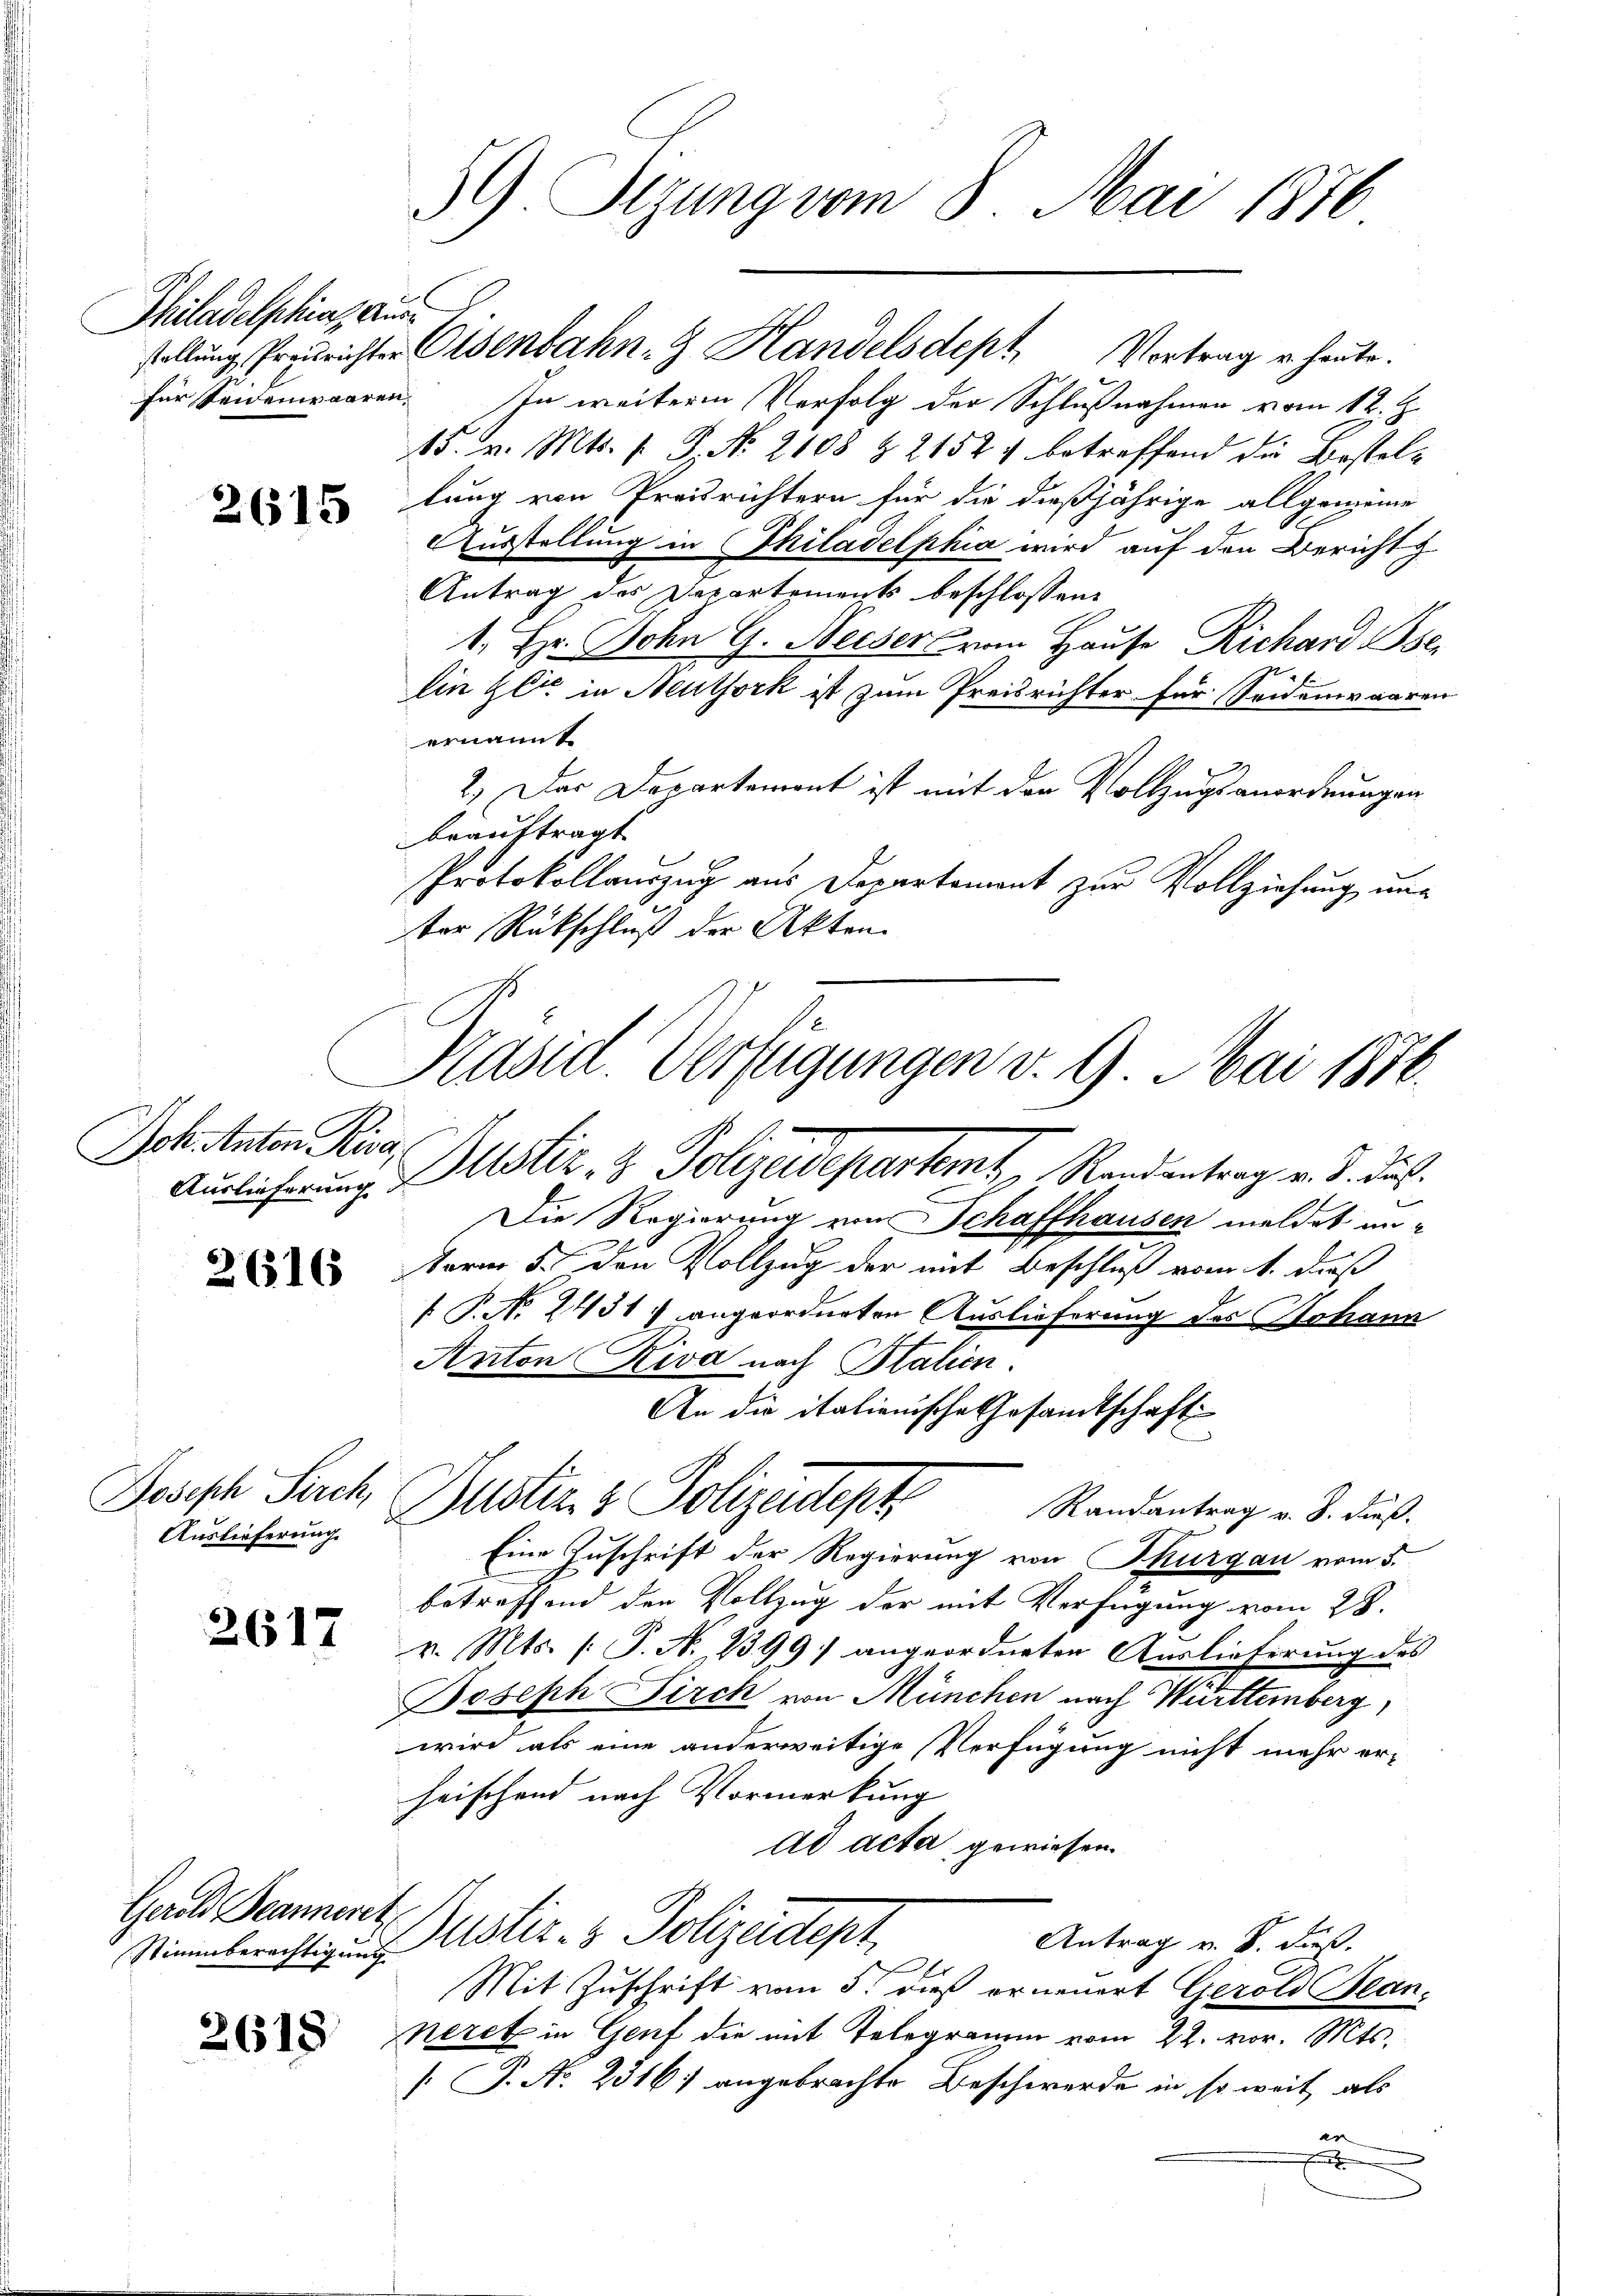
Philadelphia ausfür Seidenwaaren,

2615

Joh. Anton Riva

2616

Joseph Pirch,
Auslieferung.

2617

Gerold Beanneret,
Stimmberechtigung

2618

stellung Preurichter Eisenbahn-G Handelsdept Vortrag u. heute.
In weiteren Verfolg der Schlußnahmen vom 12. Z.
15. v. Mts. v. J. No. 2108 & 21524 betreffend die Bestellung von Preisrichtern für die dießjährige allgemeine
Ausstellung in Philadelphia wird auf den Bericht z
Antrag des Departements beschlossen:
1. Hr. John G. Weiser vom Hause Richard se
Ein Zeit in Neuthork ist zum Preisrichter für Seidenwaaren
ernannt
2.) Der Departement ist mit der Vollzugsanordnungen
beauftragt.
Protokollauszug aus Departement zur Vollziehung unter Rückschluß der Akten.

59 Sizung vom 8. Mai 1876

Kasid. Verfügungen v. 9. Mai 1870.
Auslicherung Uster- & Polizeidepartemt, Randantrag v. J. des

An die italienische Gesandtschaft
Justin & Polizeitigt

Die Regierung von Schaffhausen meldet unterm 5. den Vollzug der mit Beschluß vom 1. daß
 P. No. 2431) angeordneten Auslieferung des Johann
Anton Riva nach Italien.
Randantrag v. 8. dieß.
Eine Zuschrift der Regierung von Thurgau vom 5.
betreffend den Vollzug der mit Verfügung vom 28.
v. Mts. (: P. N. 1399) angeordneten Auslieferung des
Boseph Birch von München nach Württemberg,
wird als eine anderweitige Verfügung nicht mehr er-
heischend nach Vormerkung
Ad acta gewiesen.
Justiz- & Polizeidtept,
Antrag v. B. dieß.
.
Mit Zuschrift vom 5. dieß ornenert Gerold Bean-
Neret in Genf die mit Telegramm vom 22. vor. Mts.
 P. No. 2316) angebrachte Beschwerde in so weit als
er
E

e